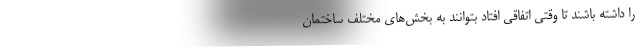
را داشته باشند تا وقتی اتفاقی افتاد بتوانند به بخش‌های مختلف ساختمان